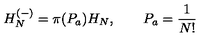
H _ { N } ^ { \left( - \right) } = \pi ( P _ { a } ) H _ { N } , \qquad P _ { a } = \frac { 1 } { N ! }